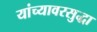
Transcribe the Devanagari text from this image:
यांच्यावरसुद्धा